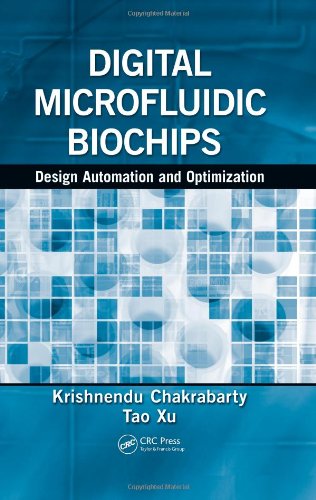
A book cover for Digital Microfluidic Biochips: Design Automation and Optimization; Krishnendu Chakrabarty; Medical Books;